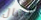
لأجيال